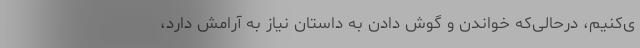
ی‌کنیم، درحالی‌که خواندن و گوش دادن به داستان نیاز به آرامش دارد،